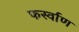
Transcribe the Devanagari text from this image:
फर्स्वाण